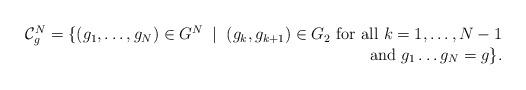
LaTeX: \begin{align*}\begin{array}{rcl}{\mathcal C}^N_{g}=\{(g_1, \ldots, g_N)\in G^N\; \mid \; (g_k,g_{k+1})\in G_2 \hbox{ for all } k=1,\ldots, N-1 \\ \hbox{ and } g_1\ldots g_N=g \}.\end{array}\end{align*}